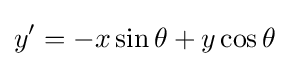
y'=-x\sin \theta +y\cos \theta